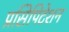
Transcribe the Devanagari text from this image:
प्रसिपिटेशन